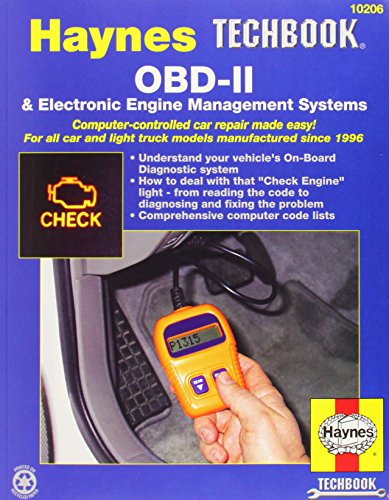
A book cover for OBD-II & Electronic Engine Management Systems (Haynes Repair Manuals); Bob Henderson; Engineering & Transportation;